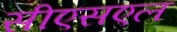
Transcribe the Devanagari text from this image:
सीएसएल